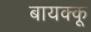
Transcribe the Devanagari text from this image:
बायक्कू